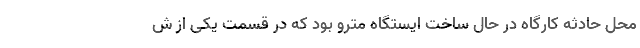
محل حادثه کارگاه در حال ساخت ایستگاه مترو بود که در قسمت یکی از ش